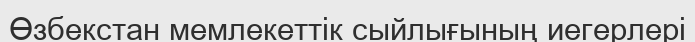
Өзбекстан мемлекеттік сыйлығының иегерлері